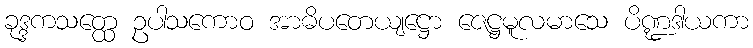
ခုဒ္ဒကသတ္ထေ ဥပါသကောဝ အာဓိပတေယျဋ္ဌော ဇေဋ္ဌမူလမာသေ ပိဏ္ဍဒါယကာ